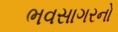
ભવસાગરનો